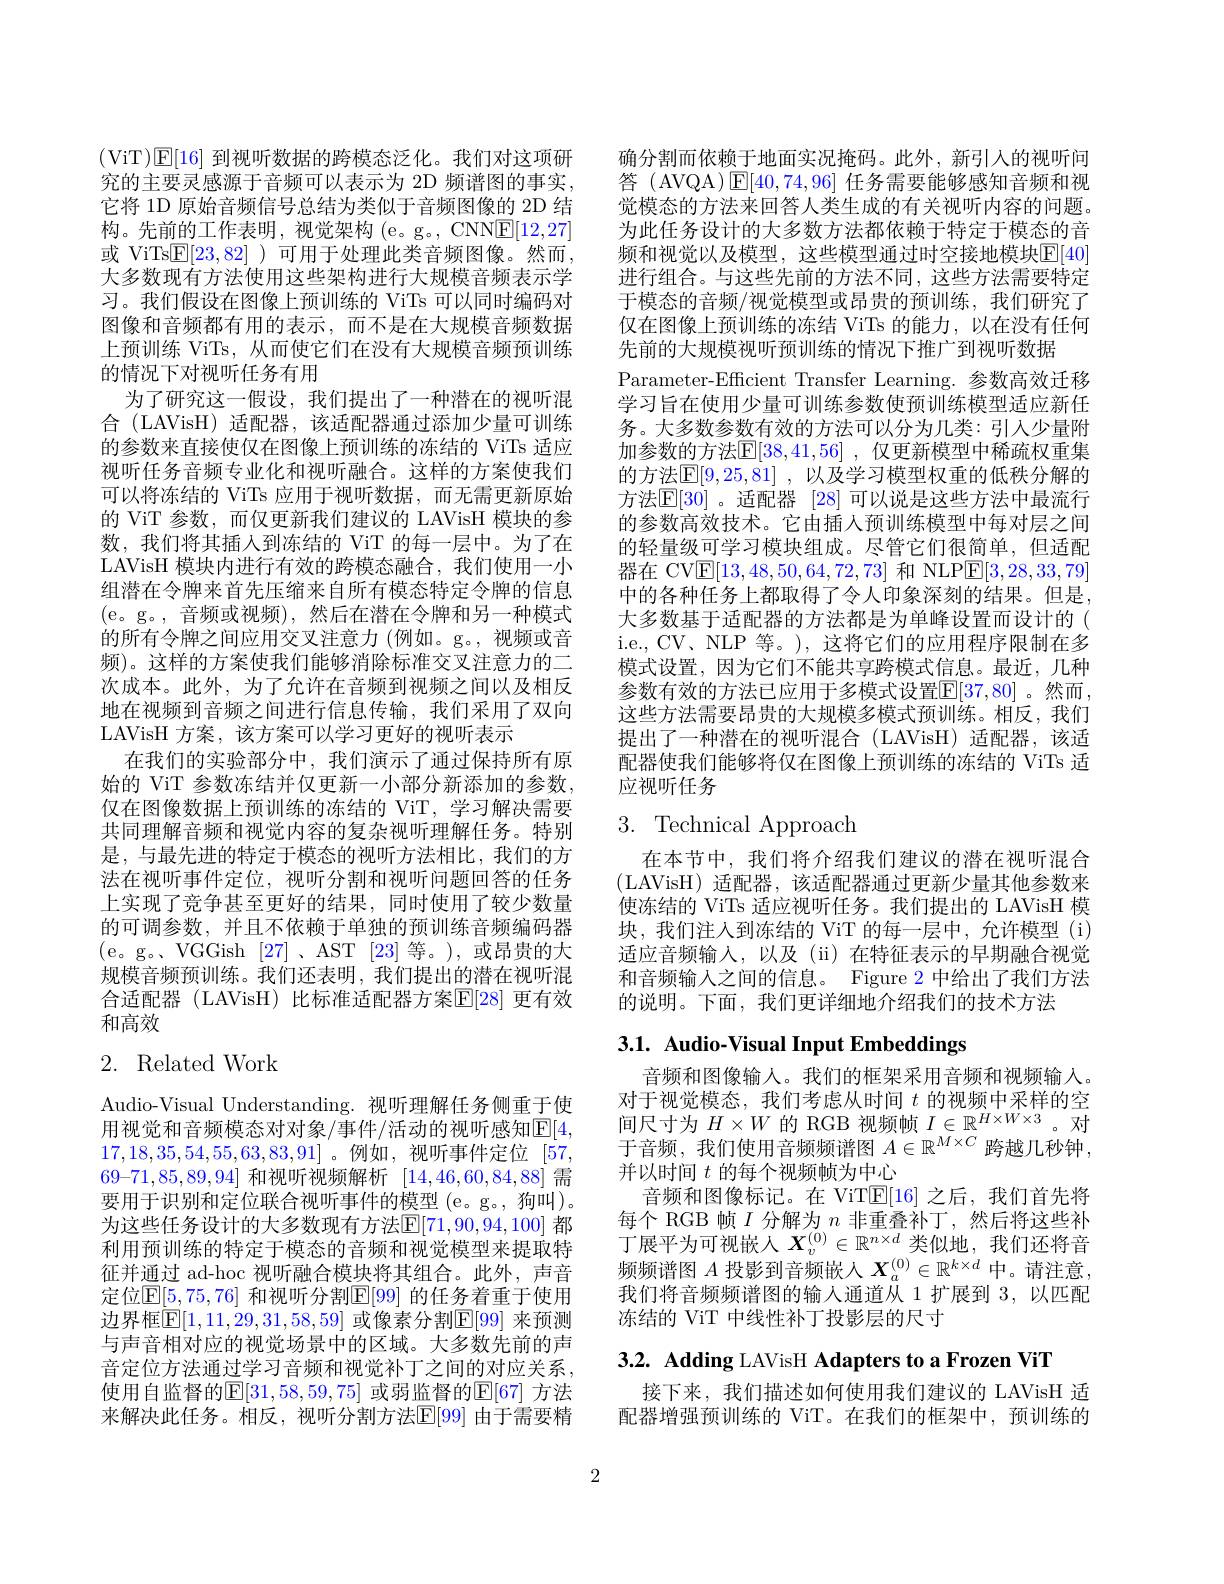
(ViT)E[16] 到视听数据的跨模态泛化。我们对这项研究的主要灵感源于音频可以表示为 2D 频谱图的事实它将 1D 原始音频信号总结为类似于音频图像的 2D 结构。先前的工作表明，视觉架构 (e。g。,CNNE[12,27] 或 ViTs$\underline{\mathrm{E}}[23,82]$ )可用于处理此类音频图像。然而， 大多数现有方法使用这些架构进行大规模音频表示学习。我们假设在图像上预训练的 ViTs 可以同时编码对图像和音频都有用的表示，而不是在大规模音频数据上预训练 ViTs, 从而使它们在没有大规模音频预训练的情况下对视听任务有用
为了研究这一假设，我们提出了一种潜在的视听混合 (LAVisH) 适配器，该适配器通过添加少量可训练的参数来直接使仅在图像上预训练的冻结的 ViTs 适应视听任务音频专业化和视听融合。这样的方案使我们可以将冻结的 ViTs 应用于视听数据，而无需更新原始的 ViT 参数，而仅更新我们建议的 LAVisH 模块的参数，我们将其插入到冻结的 ViT 的每一层中。为了在LAVisH 模块内进行有效的跨模态融合，我们使用一小组潜在令牌来首先压缩来自所有模态特定令牌的信息(e。g。,音频或视频),然后在潜在令牌和另一种模式的所有令牌之间应用交叉注意力 (例如。g。,视频或音频)。这样的方案使我们能够消除标准交叉注意力的二次成本。此外，为了允许在音频到视频之间以及相反地在视频到音频之间进行信息传输，我们采用了双向LAVisH 方案，该方案可以学习更好的视听表示
在我们的实验部分中，我们演示了通过保持所有原始的 ViT 参数冻结并仅更新一小部分新添加的参数， 仅在图像数据上预训练的冻结的 ViT, 学习解决需要共同理解音频和视觉内容的复杂视听理解任务。特别是，与最先进的特定于模态的视听方法相比，我们的方法在视听事件定位，视听分割和视听问题回答的任务上实现了竞争甚至更好的结果，同时使用了较少数量的可调参数，并且不依赖于单独的预训练音频编码器(e。g。VGGish[27]、AST[23]等。),或昂贵的大规模音频预训练。我们还表明，我们提出的潜在视听混合适配器 (LAVisH) 比标准适配器方案$\mathbb{E}[28]$ 更有效和高效

# 2. Related Work

Audio-Visual Understanding. 视听理解任务侧重于使用视觉和音频模态对对象/事件/活动的视听感知$\mathbb{E}[4$, 17,18,35,54,55,63,83,91] 。例如 ,视听事件定位[57 $69–71,85,89,94]$和视听视频解析[14,46,60,84,88]需要用于识别和定位联合视听事件的模型 (e。g。, 狗叫)。为这些任务设计的大多数现有方法$\mathbb{E}[71,90,94,100]$ 都利用预训练的特定于模态的音频和视觉模型来提取特征并通过 ad-hoc 视听融合模块将其组合。此外，声音定位$\mathbb{E}[5,75,76]$ 和视听分割$\mathbb{E}[99]$ 的任务着重于使用边界框$\mathbb{E}[1,11,29,31,58,59]$ 或像素分割$\mathbb{E}[99]$ 来预测与声音相对应的视觉场景中的区域。大多数先前的声音定位方法通过学习音频和视觉补丁之间的对应关系， 使用自监督的$\mathbb{E}[31,58,59,75]$ 或弱监督的$\mathbb{E}[67]$ 方法来解决此任务。相反，视听分割方法$\mathbb{E}[99]$ 由于需要精

确分割而依赖于地面实况掩码。此外，新引人的视听问答 ( AVQA) $\operatorname{E}[40,74,96]$任务需要能够感知音频和视觉模态的方法来回答人类生成的有关视听内容的问题。为此任务设计的大多数方法都依赖于特定于模态的音频和视觉以及模型，这些模型通过时空接地模块$\mathbb{E}[40]$ 进行组合。与这些先前的方法不同，这些方法需要特定于模态的音频/视觉模型或昂贵的预训练，我们研究了仅在图像上预训练的冻结 ViTs 的能力，以在没有任何先前的大规模视听预训练的情况下推广到视听数据
Parameter-Efficient Transfer Learning.参数高效迁移学习旨在使用少量可训练参数使预训练模型适应新任务。大多数参数有效的方法可以分为几类：引人少量附加参数的方法$\mathbb{E}[38,41,56]$ ,仅更新模型中稀疏权重集的方法$\mathbb{E}[9,25,81]$ ,以及学习模型权重的低秩分解的方法$\mathbb{E}[30]$。适配器 [28]可以说是这些方法中最流行的参数高效技术。它由插人预训练模型中每对层之间的轻量级可学习模块组成。尽管它们很简单，但适配器在 CV$\boxed{\mathrm{E}}[13,48,50,64,72,73]$和 NLP$\boxed{\mathrm{E}}[3,28,33,79]$ 中的各种任务上都取得了令人印象深刻的结果。但是， 大多数基于适配器的方法都是为单峰设置而设计的( i.e., CV、NLP 等。), 这将它们的应用程序限制在多模式设置，因为它们不能共享跨模式信息。最近，几种参数有效的方法已应用于多模式设置$\mathbb{E}[37,80]$。然而， 这些方法需要昂贵的大规模多模式预训练。相反，我们提出了一种潜在的视听混合(LAVisH)适配器，该适配器使我们能够将仅在图像上预训练的冻结的 ViTs 适应视听任务

# 3. Technical Approach

在本节中，我们将介绍我们建议的潜在视听混合(LAVisH) 适配器，该适配器通过更新少量其他参数来使冻结的 ViTs 适应视听任务。我们提出的 LAVisH 模块，我们注人到冻结的 ViT 的每一层中，允许模型 (i) 适应音频输入，以及(ii)在特征表示的早期融合视觉和音频输入之间的信息。Figure 2 中给出了我们方法的说明。下面，我们更详细地介绍我们的技术方法

# 3.1. Audio-Visual Input Embeddings

音频和图像输入。我们的框架采用音频和视频输人。对于视觉模态，我们考虑从时间$t$的视频中采样的空间尺寸为$H\times W$的 RGB 视频帧$I\in\mathbb{R}^H\times W\times3$。对于音频，我们使用音频频谱图$A\in\mathbb{R}^M\times C$跨越几秒钟， 并以时间$t$的每个视频帧为中心
音频和图像标记。在 ViT$\mathbb{E}[16]$之后，我们首先将每个 RGB 帧$I$分解为$n$非重叠补丁，然后将这些补丁展平为可视嵌人$X_v^{(0)}\in\mathbb{R}^{n\times d}$类似地，我们还将音频频谱图$A$投影到音频嵌人$X_a^{(0)}\in\mathbb{R}^{k\times d}$中。请注意， 我们将音频频谱图的输入通道从 1 扩展到 3, 以匹配冻结的 ViT 中线性补丁投影层的尺寸

$3. 2. \textbf{ Adding LAVisH Adapters to a Frozen ViT}$

接下来，我们描述如何使用我们建议的 LAVisH 适配器增强预训练的 ViT。在我们的框架中，预训练的

2